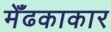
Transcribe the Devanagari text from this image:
मेँढकाकार